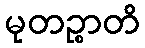
မုတဉ္စာတိ